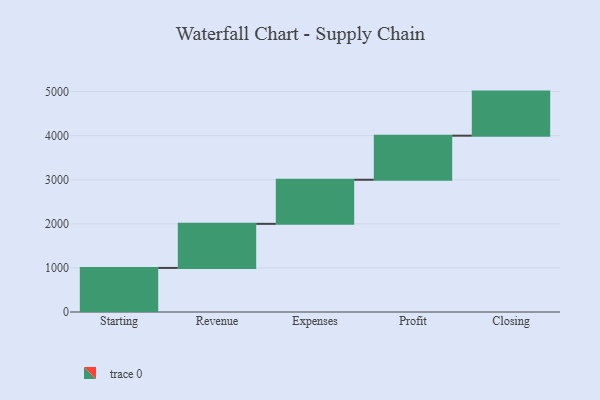
{"axis": {"x": "Step", "y": "Value"}, "legend": [""], "data": [{"x": "Starting", "y": 1000, "type": ""}, {"x": "Revenue", "y": 1000, "type": ""}, {"x": "Expenses", "y": 1000, "type": ""}, {"x": "Profit", "y": 1000, "type": ""}, {"x": "Closing", "y": 1000, "type": ""}]}